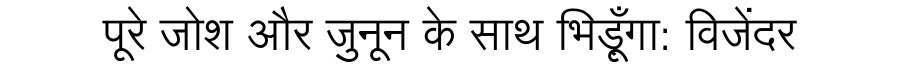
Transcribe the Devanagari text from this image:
पूरे जोश और जुनून के साथ भिड़ूँगा: विजेंदर